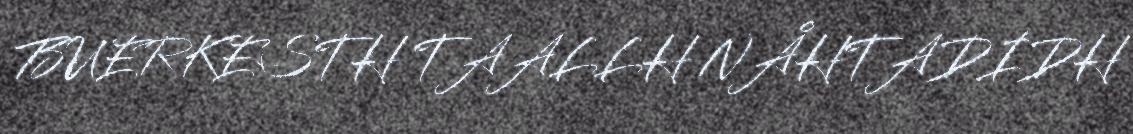
BUERKESTH TAALLH NÅHTADIDH